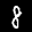
Label: 8